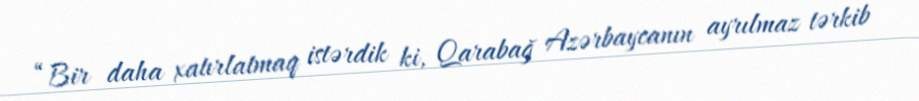
“Bir daha xatırlatmaq istərdik ki, Qarabağ Azərbaycanın ayrılmaz tərkib